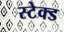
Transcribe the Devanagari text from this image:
स्टेक्ड